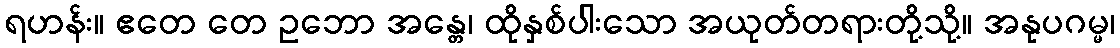
ရဟန်း။ ဧတေ တေ ဥဘော အန္တေ၊ ထိုနှစ်ပါးသော အယုတ်တရားတို့သို့။ အနုပဂမ္မ၊